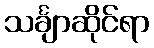
သင်္ချာဆိုင်ရာ